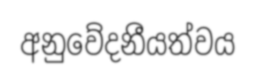
අනුවේදනීයත්වය